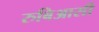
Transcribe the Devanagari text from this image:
रुबिआसी